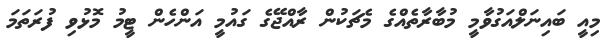
މިއީ ބައިނަލްއަގުވާމީ މުބާރާތެއްގެ މެޗަކުން ރާއްޖޭގެ ގައުމީ އަންހެން ޓީމު މޮޅުވި ފުރަތަމަ